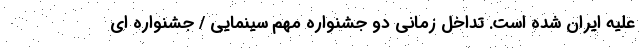
علیه ایران شده است. تداخل زمانی دو جشنواره مهم سینمایی / جشنواره ای